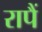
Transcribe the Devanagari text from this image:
रापैं